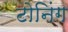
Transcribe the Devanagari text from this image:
टोनिंग